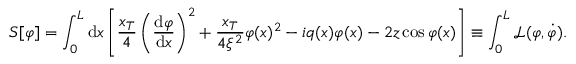
S [ \varphi ] = \int _ { 0 } ^ { L } \mathrm { d } x \left[ \frac { x _ { T } } { 4 } \left( \frac { \mathrm { d } \varphi } { \mathrm { d } x } \right) ^ { 2 } + \frac { x _ { T } } { 4 \xi ^ { 2 } } \varphi ( x ) ^ { 2 } - i q ( x ) \varphi ( x ) - 2 z \cos \varphi ( x ) \right] \equiv \int _ { 0 } ^ { L } \mathcal { L } ( \varphi , \dot { \varphi } ) .